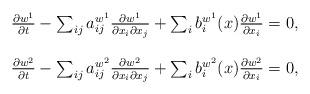
LaTeX: \begin{align*}\begin{array}{ll}\frac{\partial w^1}{\partial t}-\sum_{ij}a^{w^1}_{ij}\frac{\partial w^1}{\partial x_i\partial x_j}+\sum_i b^{w^1}_i(x)\frac{\partial w^1}{\partial x_i}=0,~\\\\\frac{\partial w^2}{\partial t}-\sum_{ij}a^{w^2}_{ij}\frac{\partial w^2}{\partial x_i\partial x_j}+\sum_ib^{w^2}_i(x)\frac{\partial w^2}{\partial x_i}=0,\end{array}\end{align*}